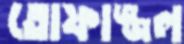
তোফাজ্জল